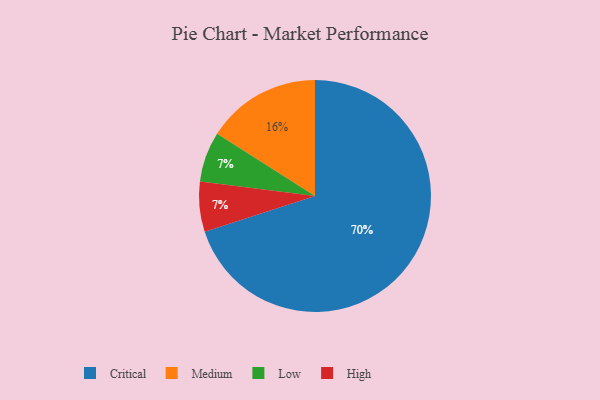
{"axis": {"x": "Category", "y": "Percentage"}, "legend": ["Critical", "High", "Low", "Medium"], "data": [{"x": "Low", "y": 7, "type": "Low"}, {"x": "Medium", "y": 16, "type": "Medium"}, {"x": "High", "y": 7, "type": "High"}, {"x": "Critical", "y": 70, "type": "Critical"}]}